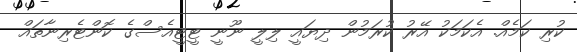
ކުރި ކަމެއް. އެކަމަކު އޭރު ކުރަމުން ދިޔައީ ލިލީ ނޫނީ ޓީޓީއެސްގެ ކޮންޓެރިނާތައް